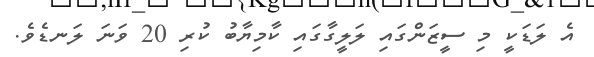
އެ ލަޑަކީ މި ސީޒަންގައި ލަލީގާގައި ކާމިޔާބު ކުރި 20 ވަނަ ލަނޑެވެ.